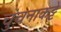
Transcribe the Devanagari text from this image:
चुंचनाकट्टे